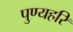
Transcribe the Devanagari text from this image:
पुण्यहरि